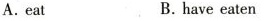
A.eat B.have eaten